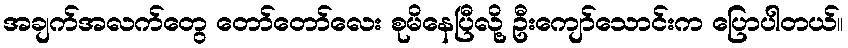
အချက်အလက်တွေ တော်တော်လေး စုမိနေပြီလို့ ဦးကျော်သောင်းက ပြောပါတယ်။